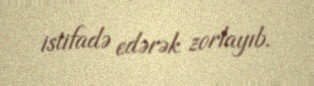
istifadə edərək zorlayıb.